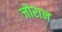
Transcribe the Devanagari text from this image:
जोरान